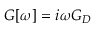
G [ \omega ] = i \omega G _ { D }